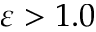
\varepsilon > 1 . 0